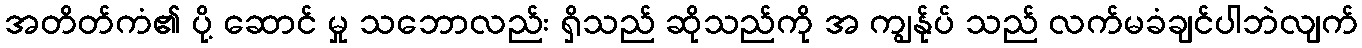
အတိတ်ကံ၏ ပို့ ဆောင် မှု သဘောလည်း ရှိသည် ဆိုသည်ကို အ ကျွန်ုပ် သည် လက်မခံချင်ပါဘဲလျက်